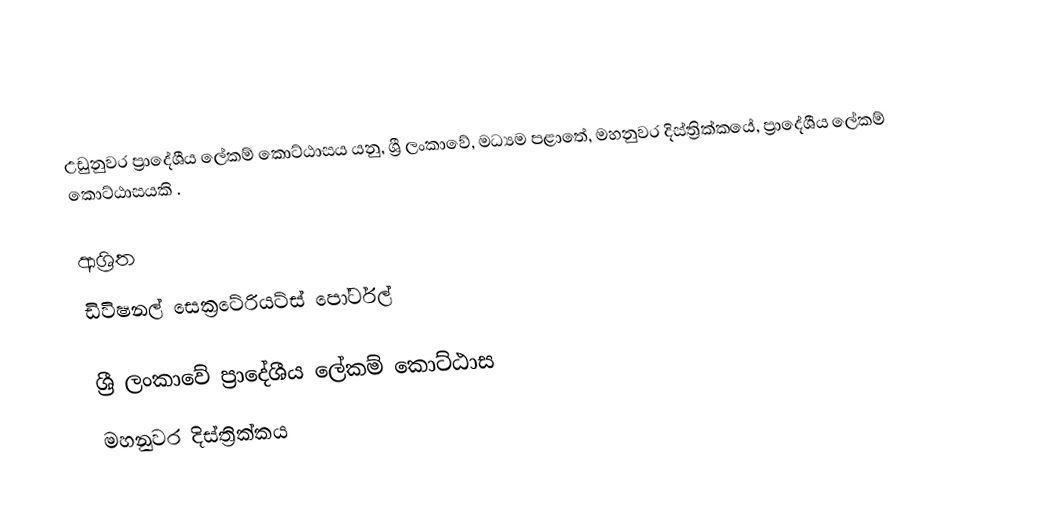
උඩුනුවර ප්‍රාදේශීය ලේකම් කොට්ඨාසය යනු,  ශ්‍රී ලංකාවේ, මධ්‍යම පළාතේ,   මහනුවර දිස්ත්‍රික්කයේ, ප්‍රාදේශීය ලේකම් කොට්ඨාසයකි .

ආශ්‍රිත
 ඩිවිෂනල් සෙක්‍රටේරියට්ස් පෝර්ටල්

ශ්‍රී ලංකාවේ ප්‍රාදේශීය ලේකම් කොට්ඨාස
මහනුවර දිස්ත්‍රික්කය